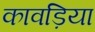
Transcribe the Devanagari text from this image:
कावड़िया